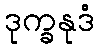
ဒုက္ခနုဒံ